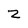
Character: z